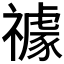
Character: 𥜅